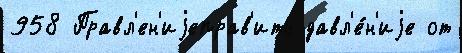
958 Правл'ен'иjеправ'ить давл'е́н'иjе от